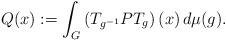
LaTeX: \begin{align*}Q(x):=\int_G\left(T_{g^{-1}}PT_g\right)(x)\, d\mu(g).\end{align*}